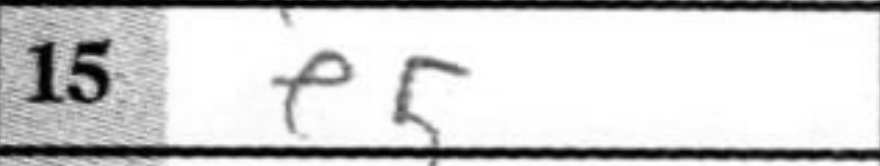
Transcription: e5